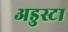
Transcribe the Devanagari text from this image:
अडुस्टा